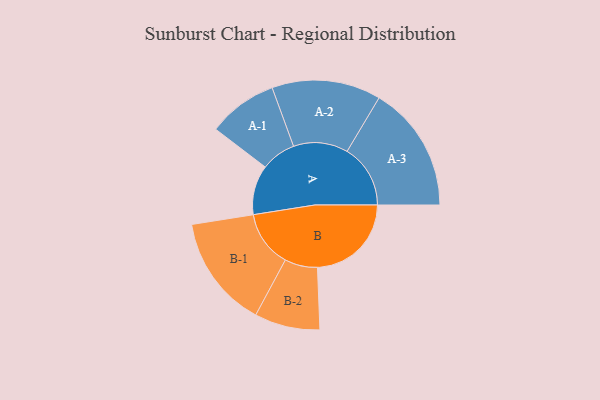
{"axis": {"x": "Segment", "y": "Value"}, "legend": ["", "A", "B"], "data": [{"x": "A", "y": 209, "type": ""}, {"x": "B", "y": 396, "type": ""}, {"x": "A-1", "y": 147, "type": "A"}, {"x": "A-2", "y": 230, "type": "A"}, {"x": "A-3", "y": 267, "type": "A"}, {"x": "B-1", "y": 238, "type": "B"}, {"x": "B-2", "y": 138, "type": "B"}]}